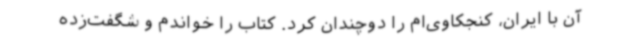
آن با ایران، کنجکاوی‌ام را دوچندان کرد. کتاب را خواندم و شگفت‌زده